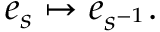
e _ { s } \mapsto e _ { s ^ { - 1 } } .